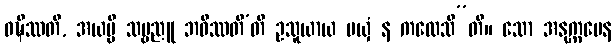
ဝဍ္ဎိဿတိ, အယမ္ပိ သဗ္ဗညူ ဘဝိဿတီ’တိ ဥသူယာယ မယှံ န ကထေသီ”တိ။ သော အနုက္ကမေန